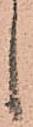
し